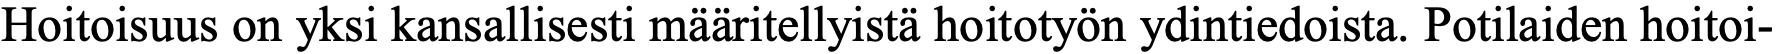
Hoitoisuus on yksi kansallisesti määritellyistä hoitotyön ydintiedoista. Potilaiden hoitoi-